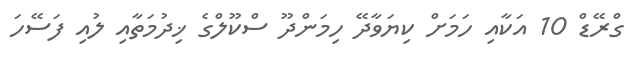
ގްރޭޑް 10 އަކާއި ހަމަށް ކިޔަވާދޭ ހިމަންދޫ ސްކޫލްގެ ޚިދުމަތާއި ލުއި ފަސޭހަ